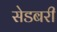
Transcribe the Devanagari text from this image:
सेडबरी